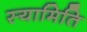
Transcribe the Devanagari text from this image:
स्यामिति